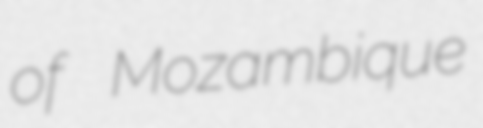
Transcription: of Mozambique